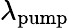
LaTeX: \lambda_{\mathrm{pump}}